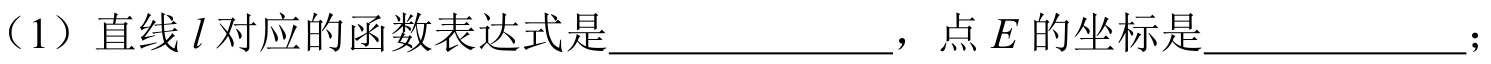
（1）直线\(l\)对应的函数表达式是  ，点\(E\)的坐标是  ；